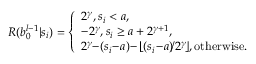
R ( b _ { 0 } ^ { l - 1 } | s _ { i } ) = \left\{ \begin{array} { l l } { 2 ^ { \gamma } , s _ { i } < a , } \\ { - 2 ^ { \gamma } , s _ { i } \geq a + 2 ^ { \gamma + 1 } , } \\ { 2 ^ { \gamma } \! \! - \! ( s _ { i } \! - \! a ) \! - \! \left\lfloor { ( s _ { i } \! - \! a ) \! / 2 ^ { \gamma } \! } \right\rfloor \! , \mathrm { o t h e r w i s e . } } \end{array} \right.